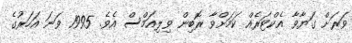
ވަރަށް ގަޔާވާ އެކްޓަރެއް ކަމަށްވާ ރޮބިން ވިލިއަމްސް އެވެ. 1995 ވަނަ އަހަރުގެ